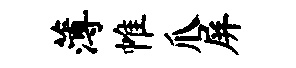
薄帷爪屏